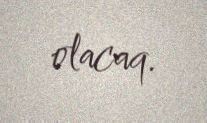
olacaq.